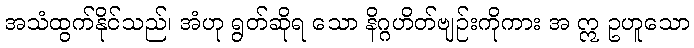
အသံထွက်နိုင်သည်၊ အံဟု ရွတ်ဆိုရ သော နိဂ္ဂဟိတ်ဗျဉ်းကိုကား အ ဣ ဥဟူသော